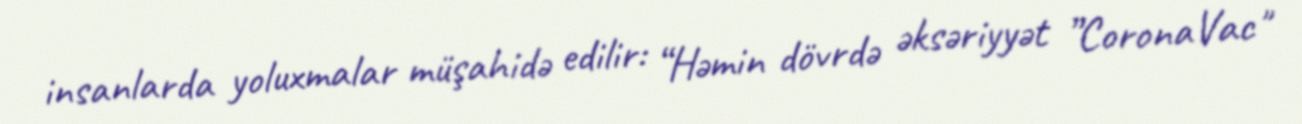
insanlarda yoluxmalar müşahidə edilir: “Həmin dövrdə əksəriyyət ”CoronaVac"